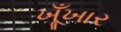
ખૂઁખાર